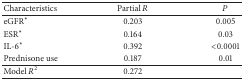
<table><thead><tr><td><b>Characteristics</b></td><td><b>Partial <i>R</i></b></td><td><b><i>P</i></b></td></tr></thead><tbody><tr><td>eGFR*</td><td>0.203</td><td>0.005</td></tr><tr><td>ESR*</td><td>0.164</td><td>0.03</td></tr><tr><td>IL-6*</td><td>0.392</td><td>&lt;0.0001</td></tr><tr><td>Prednisone use</td><td>0.187</td><td>0.01</td></tr><tr><td>Model <i>R</i><sup>2</sup></td><td>0.272</td><td> </td></tr></tbody></table>